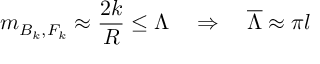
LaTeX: m _ { B _ { k } , F _ { k } } \approx \frac { 2 k } { R } \leq \Lambda \, \, \, \, \, \, \Rightarrow \, \, \, \, \, \, { \overline { { \Lambda } } } \approx \pi l